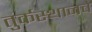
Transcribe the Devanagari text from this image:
तुर्कस्थानचे